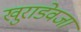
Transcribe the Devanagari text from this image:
खुराडेवजा